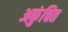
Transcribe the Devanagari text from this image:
अकुंचित